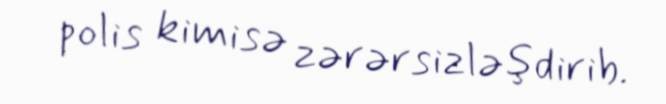
polis kimisə zərərsizləşdirib.